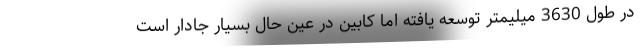
در طول 3630 میلیمتر توسعه یافته اما کابین در عین حال بسیار جادار است